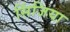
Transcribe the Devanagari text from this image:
सिंजिया